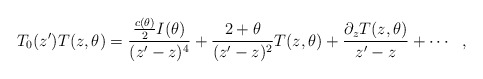
\begin{align*}T_{0}(z^{\prime})T(z,\theta)=\frac{\frac{c(\theta)}{2}I(\theta)}{(z^{\prime}-z)^{4}}+\frac{2+\theta}{(z^{\prime}-z)^{2}}T(z,\theta)+\frac{\partial_{z}T(z,\theta)}{z^{\prime}-z}+\cdots\:\:\:,\end{align*}